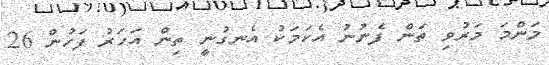
މަންމަ މަރުވި ތަން ފެނުނު އެކަމަކު އެނގުނީ ތިން އަހަރު ފަހުން 26